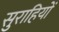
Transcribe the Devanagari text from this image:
सुराहियों